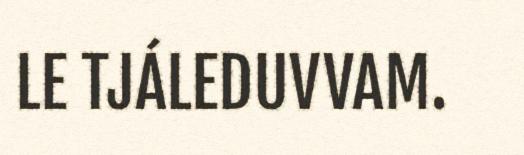
LE TJÁLEDUVVAM.